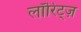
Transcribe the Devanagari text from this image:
लॉरिट्ज़